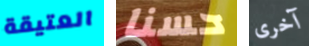
العتيقة حسنا آخرى